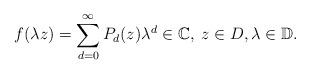
LaTeX: \begin{align*}f(\lambda z)=\sum_{d=0}^{\infty}P_d(z)\lambda^d\in\mathbb C, \;z\in D, \lambda\in\mathbb D.\end{align*}